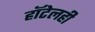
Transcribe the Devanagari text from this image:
हॉटेलही